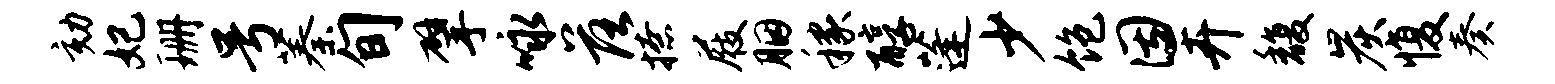
劾妃珊号蓁旬擘咏落撩屐胭稼醇蓬少饱因卉馥炭愎奏